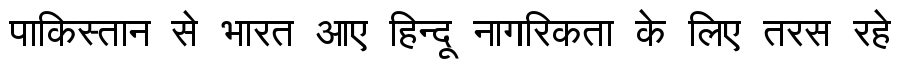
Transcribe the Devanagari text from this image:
पाकिस्तान से भारत आए हिन्दू नागरिकता के लिए तरस रहे